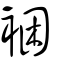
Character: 裍